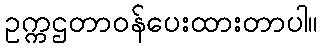
ဥက္ကဌတာဝန်ပေးထားတာပါ။